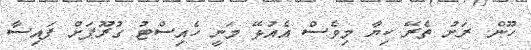
ހޫން. ރަށު ތެރޭ ކިޔާ މިވެސް އެއުޅޭ މަނީ ހެއިސްޓު ގުރޫޕަށް ފައިސާ